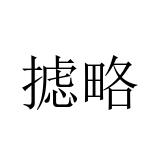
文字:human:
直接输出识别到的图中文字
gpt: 摅略